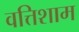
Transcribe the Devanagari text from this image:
वत्तिशाम